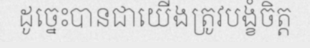
ដូច្នេះបានជាយើងត្រូវបង្ខំចិត្ត